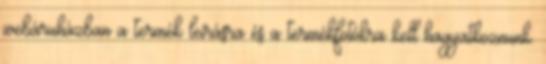
webáruházban a termék leírásra és a termékfotókra kell hagyatkoznunk.